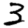
Digit: 3